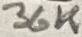
Text: 36K